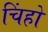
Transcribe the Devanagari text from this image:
चिंहो